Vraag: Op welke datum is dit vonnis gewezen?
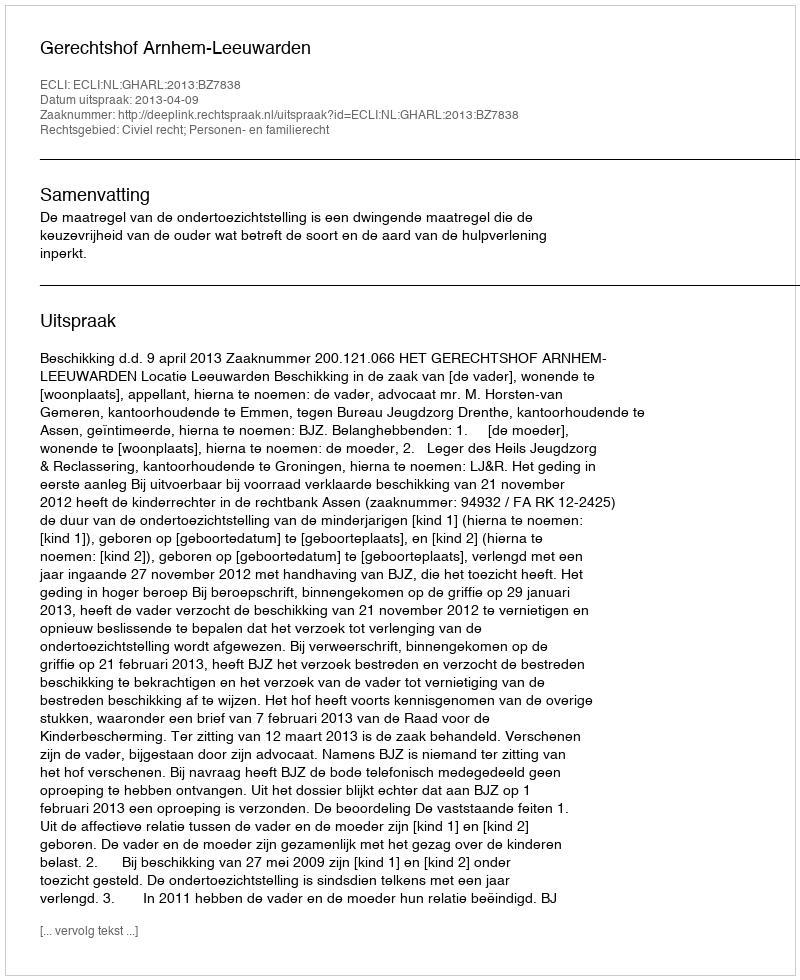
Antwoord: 2013-04-09